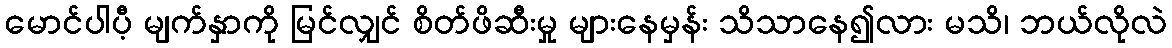
မောင်ပါပီ့ မျက်နှာကို မြင်လျှင် စိတ်ဖိဆီးမှု များနေမှန်း သိသာနေ၍လား မသိ၊ ဘယ်လိုလဲ